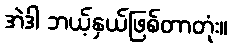
အဲဒါ ဘယ့်နှယ်ဖြစ်တာတုံး။